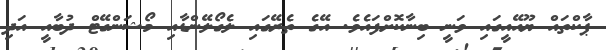
ޕާކްތައް ޔޫއޭއީގައި ވަނީ ބިނާކޮށްފައެވެ. އޭގެ ތެރޭގައި ލެގޯލޭންޑާއި މޯޝަންގޭޓް ދުބާއީ އަދި